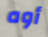
أوه